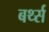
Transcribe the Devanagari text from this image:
बर्थ्स